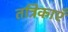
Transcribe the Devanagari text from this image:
तत्रिकाएँ